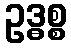
ဥဒ္ဓစ္စ